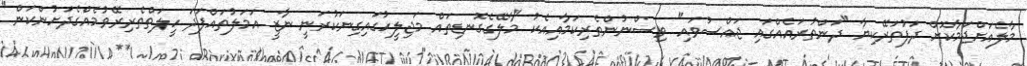
މާލެއަށްޖަމާކޮށް ދަފުތަރޭކިޔާ "ދަންތުރައެއްގައި ޖައްސުވައި" ވިސްނުންތެރިކަމާއިއެކު "މާލޭގެގޮނޑިތައް މަޖިލީހުގައިގިނަކުރަނީ ނާޒީ އަމަލުތައްފަދަ ހީލަތްތެރިރޭވުމެއްގެދަށުންކަން"